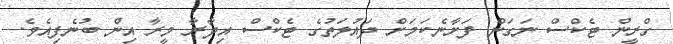
ގްރީން ޓެކްސް ނަގަން ފަށާނެކަމަށް ދައުލަތުގެ ޓެކްސް އިދާރާ މީރާ އިން ބުނެފިއެވެ.